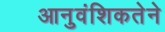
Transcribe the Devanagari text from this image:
आनुवंशिकतेने